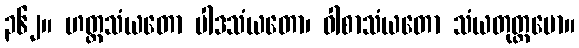
၃၆၂။ ဟတ္ထသံယတော ပါဒသံယတော၊ ဝါစာသံယတော သံယတုတ္တမော။